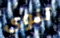
تنوي